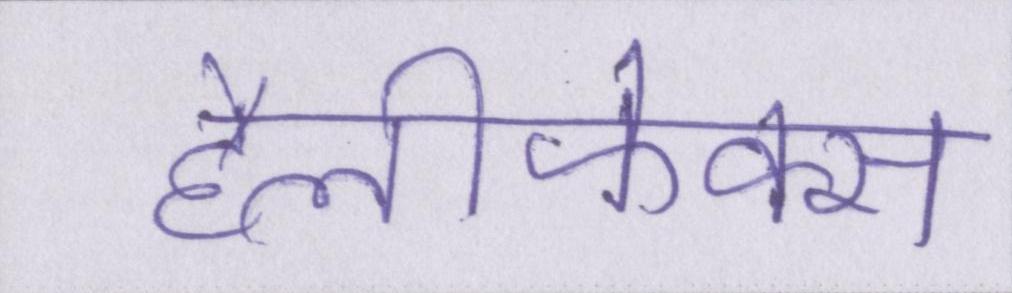
हैलीफेक्स